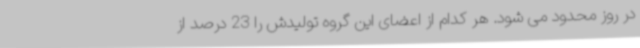
در روز محدود می شود. هر کدام از اعضای این گروه تولیدش را 23 درصد از